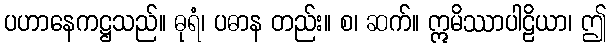
ပဟာနေကဋ္ဌသည်။ ဓုရံ၊ ပဓာန တည်း။ စ၊ ဆက်။ ဣမိဿာပါဠိယာ၊ ဤ